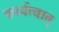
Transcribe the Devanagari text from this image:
कार्यत्वात्